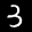
Label: 3